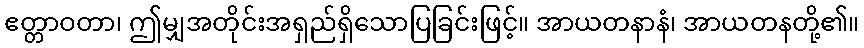
ဧတ္တာဝတာ၊ ဤမျှအတိုင်းအရှည်ရှိသောပြခြင်းဖြင့်။ အာယတနာနံ၊ အာယတနတို့၏။